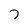
Character: T